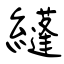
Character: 纄